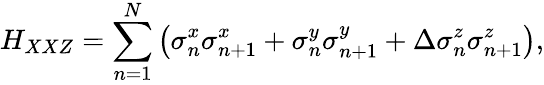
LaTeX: H_{XXZ}=\sum_{n=1}^{N}\left(\sigma_{n}^{x}\sigma_{n+1}^{x}+\sigma_{n}^{y}\sigma_{n+1}^{y}+\Delta\sigma_{n}^{z}\sigma_{n+1}^{z}\right),